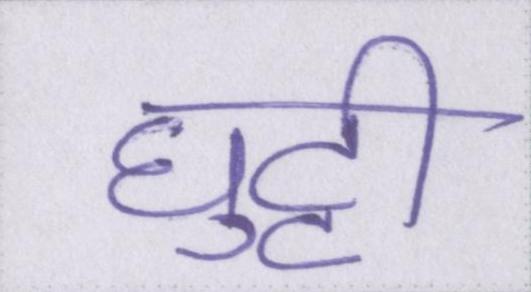
घुट्टी